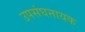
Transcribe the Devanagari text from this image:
उपसंघनायक